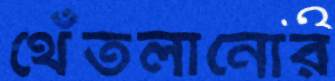
থেঁতলানোর